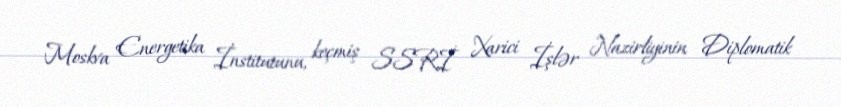
Moskva Energetika İnstitutunu, keçmiş SSRİ Xarici İşlər Nazirliyinin Diplomatik